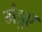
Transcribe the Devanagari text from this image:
मंडुए